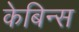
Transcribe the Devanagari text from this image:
केबिन्स